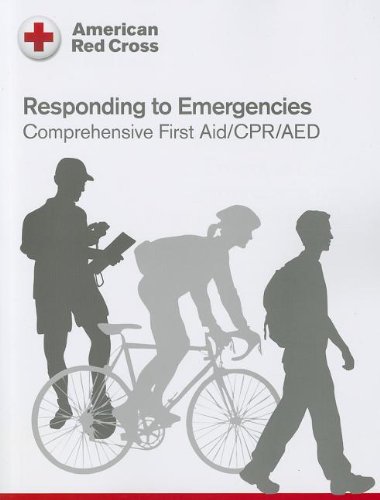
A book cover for Responding to Emergency: American Red Cross; Staywell; Health, Fitness & Dieting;